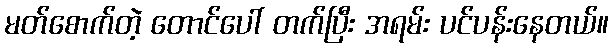
မတ်စောက်တဲ့ တောင်ပေါ် တက်ပြီး အရမ်း ပင်ပန်းနေတယ်။